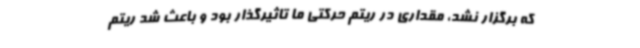
که برگزار نشد، مقداری در ریتم حرکتی ما تاثیرگذار بود و باعث شد ریتم